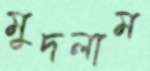
মুদলাম